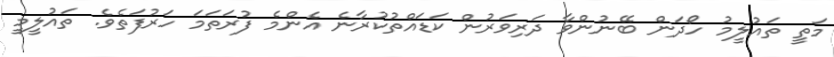
މަތީ ތައުލީމު ހޯދަން ބޭނުންވާ ދަރިވަރުން ކަޑައްތުކުރާނެ އެންމެ ފުރަތަމަ ހަރުފަތެވެ. ތައުލީމީ